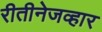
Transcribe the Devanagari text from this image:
रीतीनेजव्हार